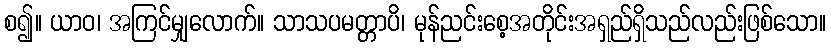
စ၍။ ယာဝ၊ အကြင်မျှလောက်။ သာသပမတ္တာပိ၊ မုန်ညင်းစေ့အတိုင်းအရှည်ရှိသည်လည်းဖြစ်သော။